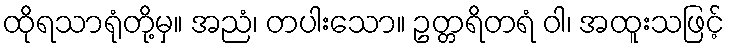
ထိုရသာရုံတို့မှ။ အညံ၊ တပါးသော။ ဥတ္တရိတရံ ဝါ၊ အထူးသဖြင့်